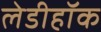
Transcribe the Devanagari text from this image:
लेडीहॉक